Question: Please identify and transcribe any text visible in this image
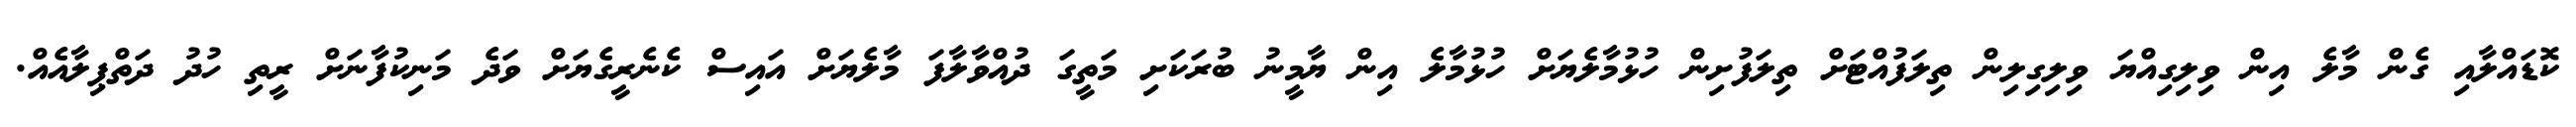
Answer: ކޮޑައްލާއި ގެން މާލެ އިން ވިލިގިއްޔަ ވިލިގިލިން ތިލަފުއްޓަށް ތިލަފުށިން ހުޅުމާލެޔަށް ހުޅުމާލެ އިން ޔާމީނު ބުރަކަށި މަތީގަ ދުއްވާލާފަ މާލެޔަށް އައިސް ކެނެރީގެޔަށް ވަދެ މަނިކުފާނަށް ރީތި ހުދު ދަތްޕިލާއެއް.